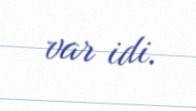
var idi.